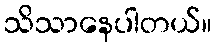
သိသာနေပါတယ်။